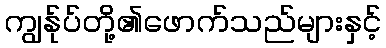
ကျွန်ုပ်တို့၏ဖောက်သည်များနှင့်